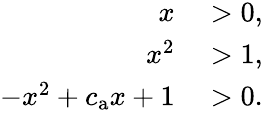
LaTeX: \begin{array}{rl}{x}&{{}>0,}\\ {x^{2}}&{{}>1,}\\ {-x^{2}+c_{\mathrm{a}}x+1}&{{}>0.}\end{array}